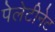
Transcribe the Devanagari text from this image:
पेलेटीनेट